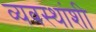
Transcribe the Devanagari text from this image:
व्यवस्थांशी